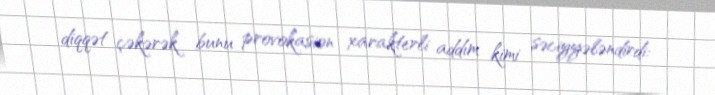
diqqət çəkərək bunu provokasion xarakterli addım kimi səciyyələndirdi: